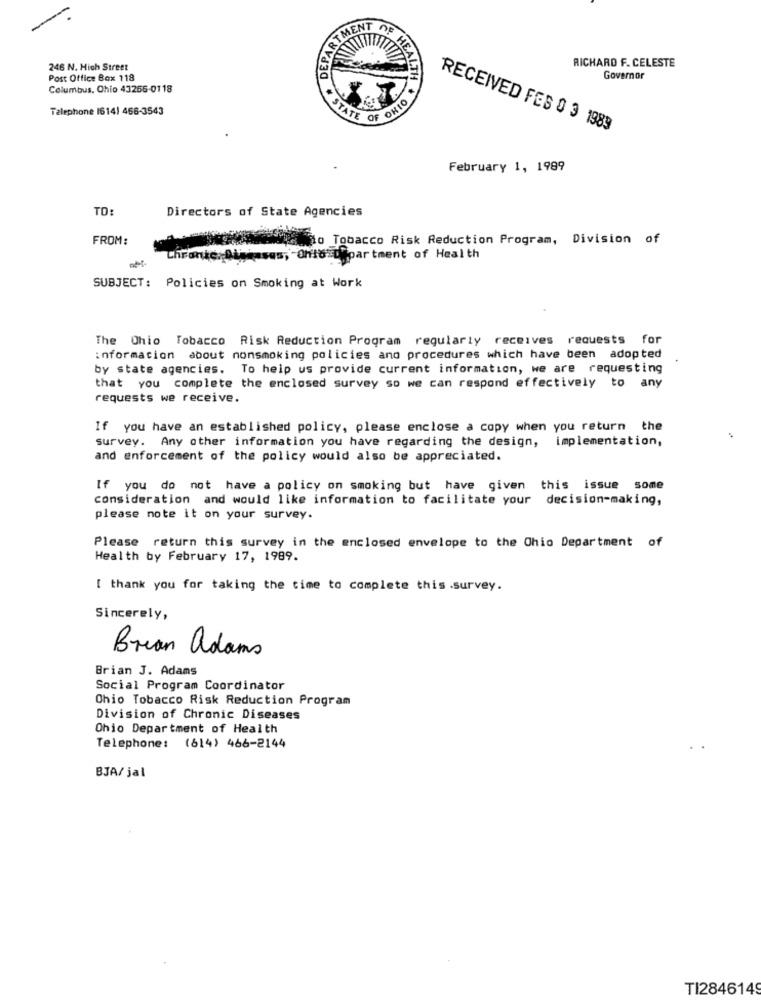
DEPARTME
STMENT
246 N. Mich Street
RICHARD F. CELESTE
Post Office Box 118
Governor
Columbus, Ohio 43266-0118
Telephone 16141 466-3543
OF HEALTH & OIN
STATE
RECEIVED FES 0 3 1983
February 1, 1989
TO:
Directors of State Agencies
FROM:
to Tobacco Risk Reduction Program, Division of
hran
Is, "Ohio Department of Health
SUBJECT: Policies on Smoking at Work
The Ohio Tobacco Risk Reduction Program regularly receives requests for
information about nonsmoking policies and procedures which have been adopted
by state agencies. To help us provide current information, we are requesting
that you complete the enclosed survey so we can respond effectively to any
requests we receive.
If you have an established policy, please enclose a copy when you return the
survey. Any other information you have regarding the design, implementation,
and enforcement of the policy would also be appreciated.
If you do not have a policy on smoking but have given this issue some
consideration and would like information to facilitate your decision-making,
please note it on your survey.
Please return this survey in the enclosed envelope to the Chio Department of
Health by February 17, 1989.
[ thank you for taking the time to complete this .survey.
Sincerely,
Brian adams
Brian J. Adams
Social Program Coordinator
Ohio Tobacco Risk Reduction Program
Division of Chronic Diseases
Ohio Department of Health
Telephone: (614) 466-2144
BJA/ jal
TI2846149